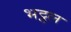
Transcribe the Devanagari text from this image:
भट्ठल